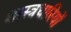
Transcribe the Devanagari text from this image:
शास्त्रधारियों